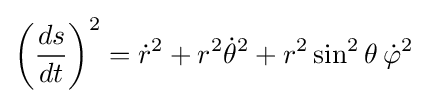
\left({\frac {ds}{dt}}\right)^{2}={\dot {r}}^{2}+r^{2}{\dot {\theta }}^{2}+r^{2}\sin ^{2}\theta \,{\dot {\varphi }}^{2}